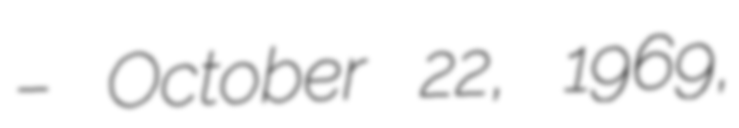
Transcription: – October 22, 1969,